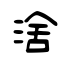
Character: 涻